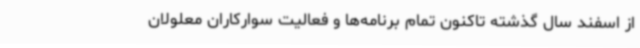
از اسفند سال گذشته تاکنون تمام برنامه‌ها و فعالیت سوارکاران معلولان